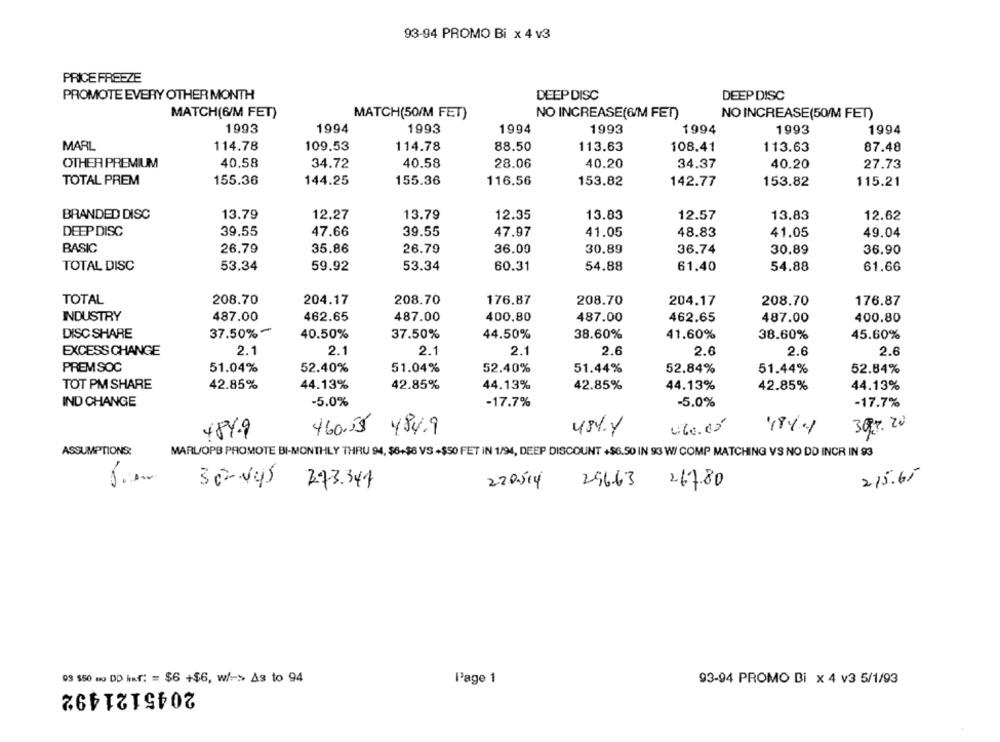
93-94 PROMO Bi x 4 v3
PRICE FREEZE
PROMOTE EVERY OTHER MONTH
DEEP DISC
DEEP DISC
MATCH(6/M FET)
MATCH(50/M FET)
NO INCREASE(6/M FET)
NO INCREASE(50/M FET)
1993
1994
1993
1994
1993
1994
1993
1994
MARL
114.78
109.53
114.78
88.50
113.63
108.41
113.63
87.48
OTHER PREMIUM
40.58
34.72
40.58
28.06
40.20
34.37
10.20
27.73
TOTAL PREM
155.36
144.25
155.36
116.56
153.82
142.77
153.82
115.21
BRANDED DISC
13.79
12.27
13.79
12.35
13.83
12.57
13.83
12.62
39.55
39.55
DEEP DISC
47.66
47.97
41.05
48.83
41.05
49.04
BASIC
26.79
35.86
26.79
36.00
30.89
36.74
30.89
36.90
TOTAL DISC
53.34
59.92
53.34
60.31
54.88
61.40
54.88
61.66
TOTAL
208.70
204.17
208.70
176.87
208.70
204.17
208.70
176.87
INDUSTRY
487.00
462.65
487.00
400.80
487.00
462.65
487.00
400.80
37.50% -
44.50%
DISC SHARE
40.50%
37.50%
38.60%
41.60%
38.60%
45.60%
EXCESS CHANGE
2.1
2.1
2.1
2.1
2.6
2.6
2.6
2.6
PREM SOC
51.04%
52.40%
51.04%
52.40%
51.44%
52.84%
51.44%
52.84%
TOT PM SHARE
42.85%
44.13%
42.85%
44.13%
42.85%
44.13%
44.13%
42.85%
IND CHANGE
-5.0%
-17.7%
-5.0%
-17.7%
460.55 484.9
484.1
4.60.05
4811
307. 20
484.9
ASSUMPTIONS:
MARLOPB PROMOTE BI-MONTHLY THRU 94, $6+$8 VS +$50 FET IN 1/94, DEEP DISCOUNT +$6.50 IN 93 W/ COMP MATCHING VS NO DD INCR IN 93
215.65
30-445 273.341
220514 29663 267.80
09 $50 mo DD inf: = $6 +$6, w/=> As to 94
Page 1
93-94 PROMO Bi x 4 v3 5/1/93
2045121492